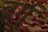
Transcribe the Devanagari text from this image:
वर्ग्